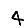
Digit: 4